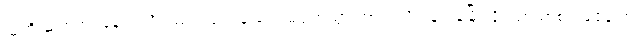
သူတို့ ဆက်အပ်နေကြလို့လည်း လုပ်ငန်းတွေ မပျက်သွားတာပါ လို့ ရန်ကုန်မြို့ လှိုင်သာယာစက်မူဇုန် က